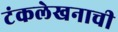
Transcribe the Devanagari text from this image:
टंकलेखनाची